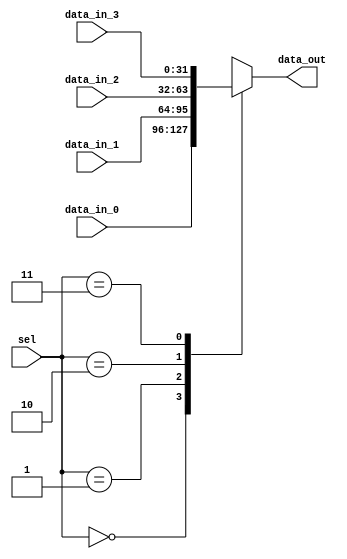
/*
 * @Author: Eric Wong 
 * @Date: 2022-01-20 00:27:38 
 * @Last Modified by:   Eric Wong 
 * @Last Modified time: 2022-01-20 00:27:38 
 */

module mux4 #(
        parameter Width = 32
    )    
    (
        input       [Width-1:0] data_in_0,
        input       [Width-1:0] data_in_1,
        input       [Width-1:0] data_in_2,
        input       [Width-1:0] data_in_3,
        input       [1:0]       sel,
        output reg  [Width-1:0] data_out
    );
    always @(*) begin
        case (sel)
            2'b00: begin
                data_out = data_in_0;
            end

            2'b01: begin
                data_out = data_in_1;
            end

            2'b10: begin
                data_out = data_in_2;
            end

            2'b11: begin
                data_out = data_in_3;
            end

            default: begin
                data_out = 32'd0;
            end
        endcase
    end
endmodule